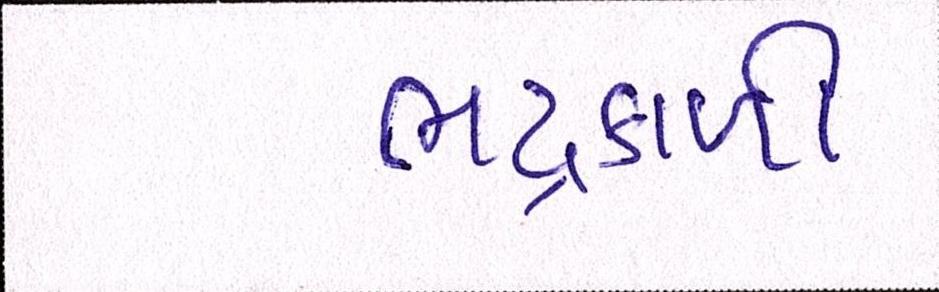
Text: ભદ્રકાળી